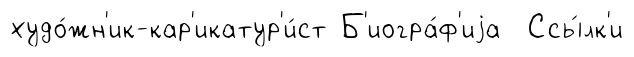
худо́жн'ик-кар'икатур'и́ст Б'иогра́ф'иjа Ссы́лк'и